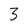
Character: 3